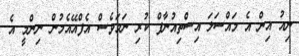
ނިއު އިން އެ މައްސަލަ އިސްތިއުނާފް ކުރި ނަމަވެސް އެެފްއޭއެމުން ނިންމީ އެ